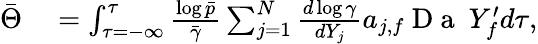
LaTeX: \begin{array}{rl}{\bar{\Theta}}&{{}=\int_{\tau=-\infty}^{\tau}\frac{\log\bar{p}}{\bar{\gamma}}\sum_{j=1}^{N}\frac{d\log\gamma}{dY_{j}}a_{j,f}\mathrm{~D~a~}~Y_{f}^{\prime}d\tau,}\end{array}